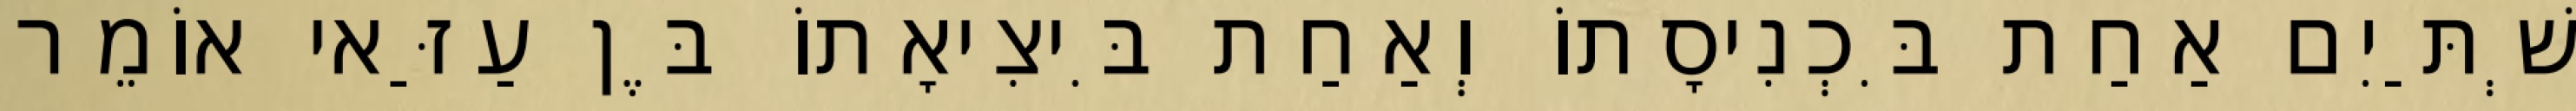
שְׁתַּיִם אַחַת בִּכְנִיסָתוֹ וְאַחַת בִּיצִיאָתוֹ בֶּן עַזַּאי אוֹמֵר